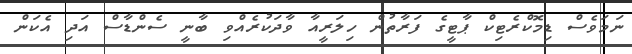
ނަމަވެސް ޑިމޮކްރެޓިކް ޕާޓީގެ ފަރާތުން ހިލަރީއާ ވާދަކުރެއްވި ބާނީ ސެންޑާސް އަދި އެކަން